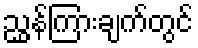
ညွှန်ကြားချက်တွင်